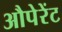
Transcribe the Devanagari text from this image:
औपेरेंट